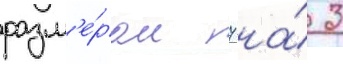
разм'е́ром 7 на́ 3